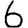
Digit: 6